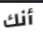
أنك